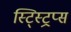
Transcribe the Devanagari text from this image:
स्ट्स्ट्रिप्स